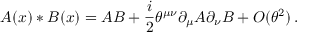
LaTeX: A ( x ) * B ( x ) = A B + { \frac { i } { 2 } } \theta ^ { \mu \nu } \partial _ { \mu } A \partial _ { \nu } B + { \cal O } ( \theta ^ { 2 } ) \, .